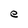
Character: e